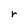
Character: r